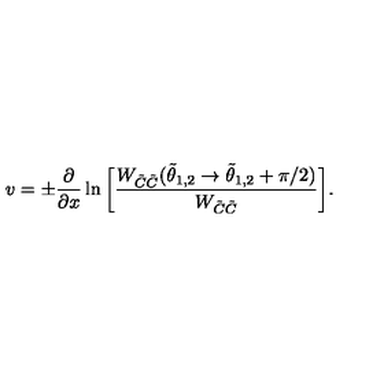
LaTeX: v = \pm { \frac { \partial } { \partial x } } \ln \bigg [ { \frac { W _ { \tilde { C } \tilde { C } } ( \tilde { \theta } _ { 1 , 2 } \rightarrow \tilde { \theta } _ { 1 , 2 } + \pi / 2 ) } { W _ { \tilde { C } \tilde { C } } } } \bigg ] .